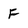
Character: F